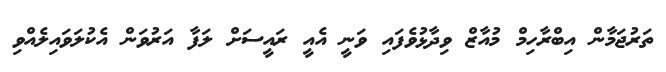
ތަރުޖަމާން އިބްރާހިމް މުއާޒްް ވިދާޅުވެފައި ވަނީ އެއީ ރައީސަށް ލަފާ އަރުވަން އެކުލަވައިލެއްވި